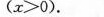
(x>0)。